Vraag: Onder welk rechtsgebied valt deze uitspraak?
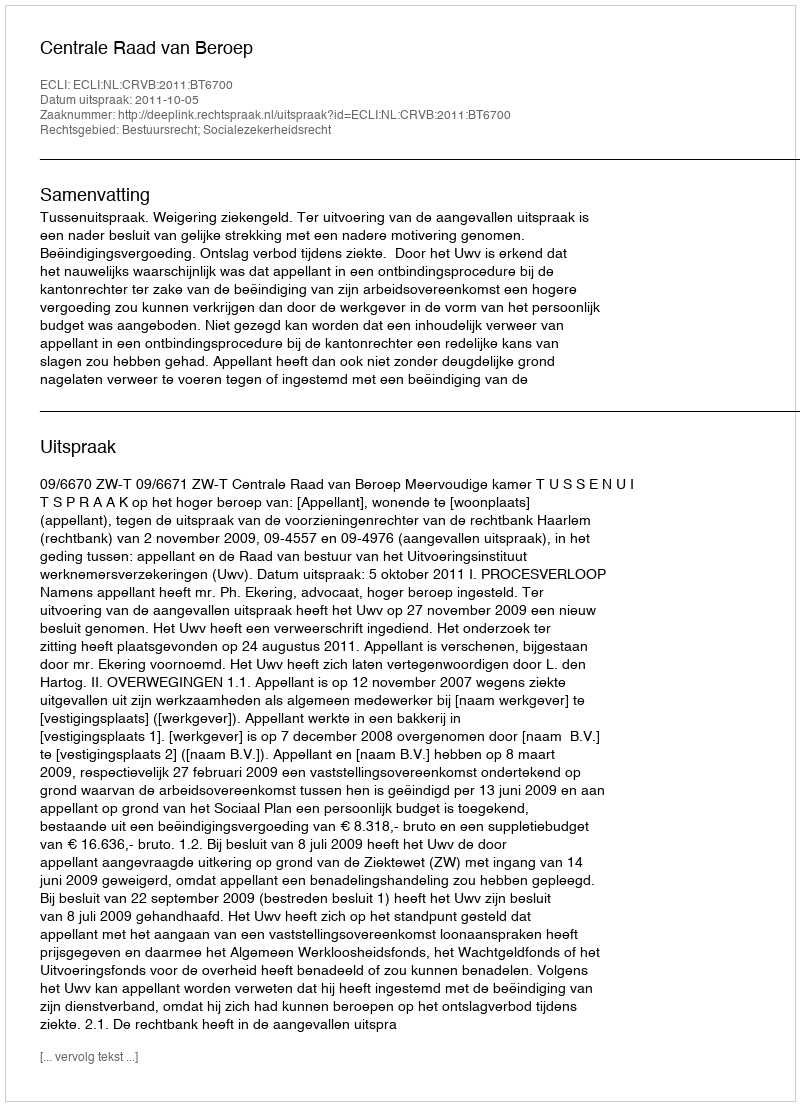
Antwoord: Bestuursrecht; Socialezekerheidsrecht